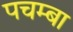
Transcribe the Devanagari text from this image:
पचम्बा